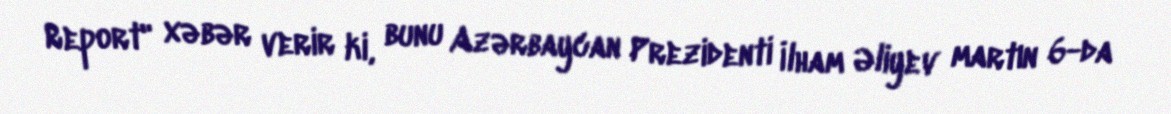
Report" xəbər verir ki, bunu Azərbaycan Prezidenti İlham Əliyev martın 6-da